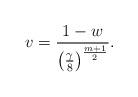
LaTeX: \begin{align*}v= \frac {1-w}{\left(\frac \gamma 8 \right)^{\frac{m+1}2}}.\end{align*}